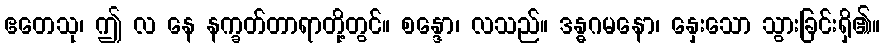
ဧတေသု၊ ဤ လ နေ နက္ခတ်တာရာတို့တွင်။ စန္ဒော၊ လသည်။ ဒန္ဓဂမနော၊ နှေးသော သွားခြင်းရှိ၏။